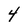
Character: 4